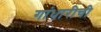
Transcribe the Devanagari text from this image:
गांधारीची